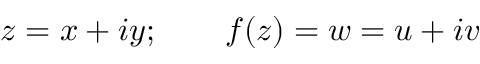
z = x + i y ; \qquad f ( z ) = w = u + i v